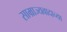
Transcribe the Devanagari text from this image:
साम्राज्यवादाच्या